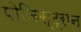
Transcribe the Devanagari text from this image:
पोजिस्ट्रान